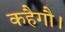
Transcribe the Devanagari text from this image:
कहैगौ।